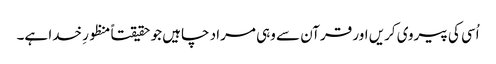
اُسی کی پیروی کریں اور قرآن سے وہی مراد چاہیں جو حقیقتاً منظورِ خدا ہے۔